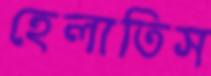
হেলাতিস